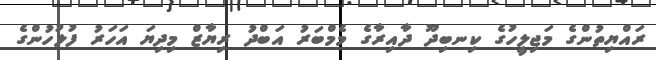
ރައްޔިތުންގެ މަޖިލީހުގެ ކިނބިދޫ ދާއިރާގެ މެމްބަރު އަބްދު ރިޔާޒް މިދިޔަ އަހަރު ފުލުހުންގެ